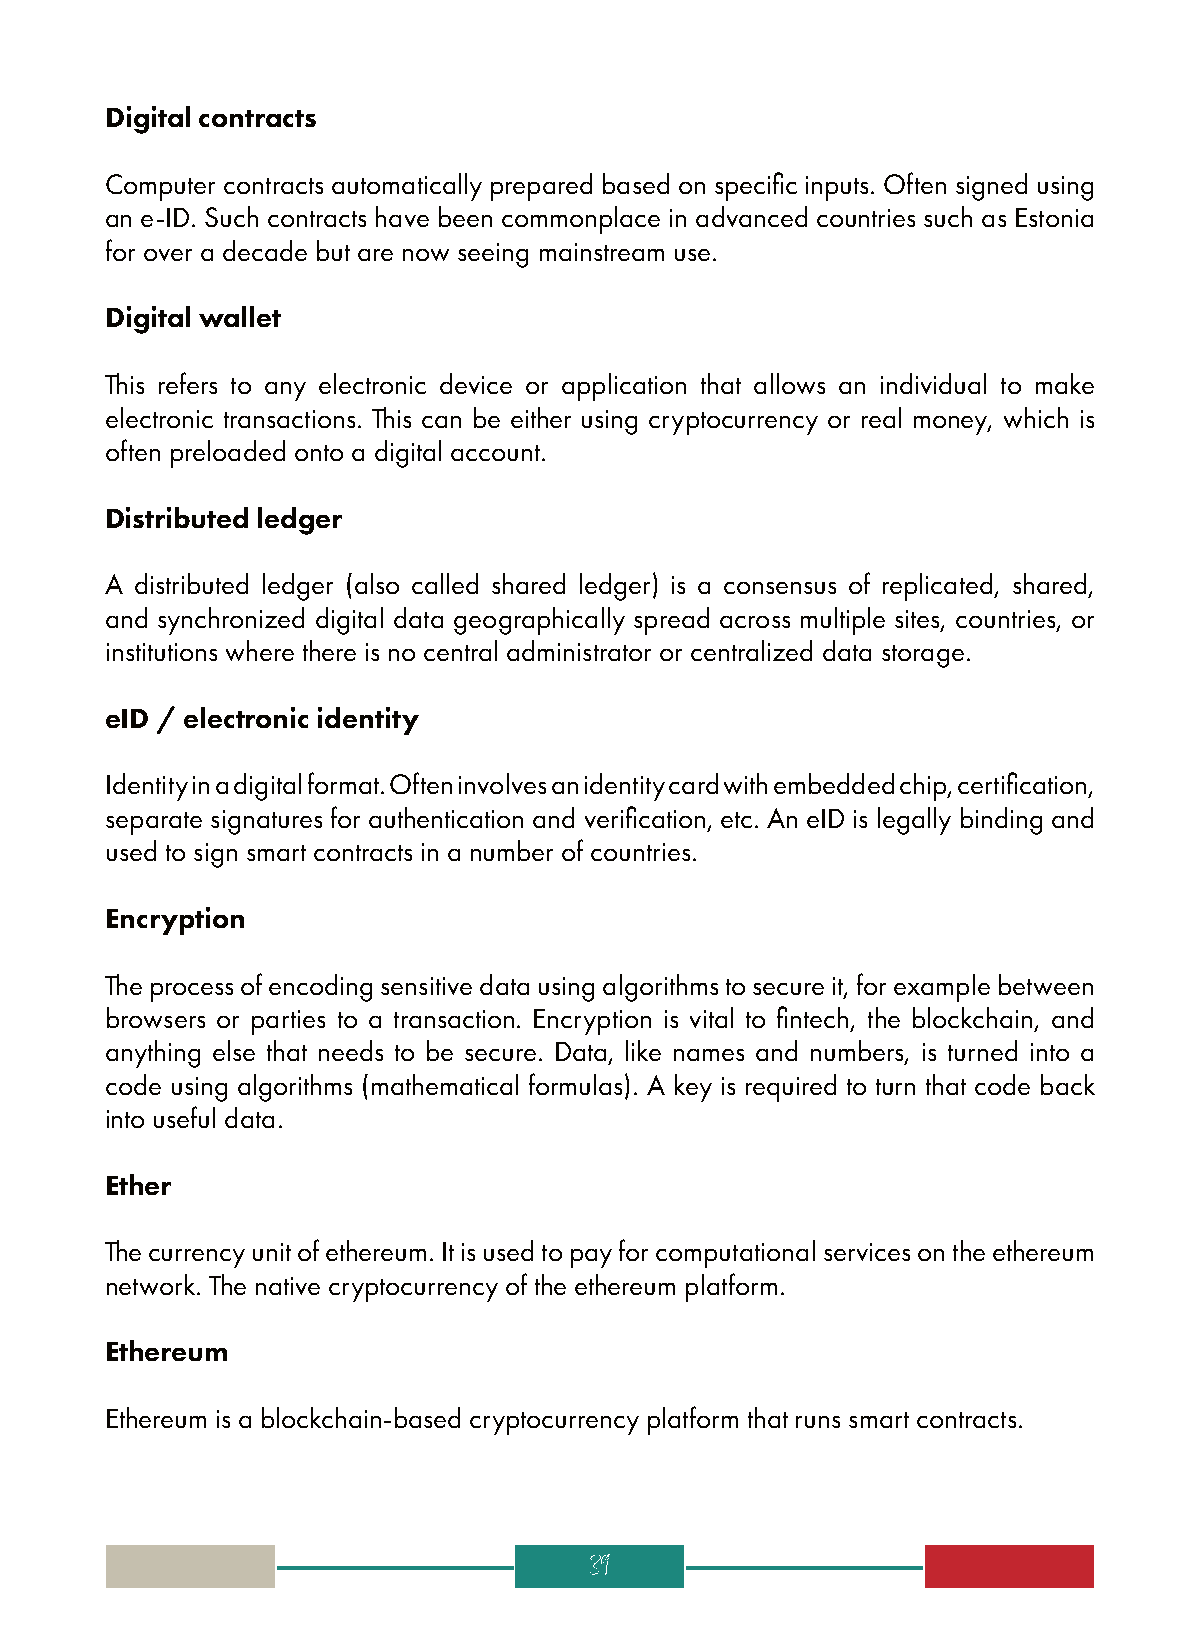
Digital contracts
 Computer contracts automatically prepared based on specific inputs. Often signed using
 an e-ID. Such contracts have been commonplace in advanced countries such as Estonia
 for over a decade but are now seeing mainstream use.
 Digital wallet
 This refers to any electronic device or application that allows an individual to make
 electronic transactions. This can be either using cryptocurrency or real money, which is
 often preloaded onto a digital account.
 Distributed ledger
 A distributed ledger (also called shared ledger) is a consensus of replicated, shared,
 and synchronized digital data geographically spread across multiple sites, countries, or
 institutions where there is no central administrator or centralized data storage.
 eID / electronic identity
 Identity in a digital format. Often involves an identity card with embedded chip, certification,
 separate signatures for authentication and verification, etc. An eID is legally binding and
 used to sign smart contracts in a number of countries.
 Encryption
 The process of encoding sensitive data using algorithms to secure it, for example between
 browsers or parties to a transaction. Encryption is vital to fintech, the blockchain, and
 anything else that needs to be secure. Data, like names and numbers, is turned into a
 code using algorithms (mathematical formulas). A key is required to turn that code back
 into useful data.
 Ether
 The currency unit of ethereum. It is used to pay for computational services on the ethereum
 network. The native cryptocurrency of the ethereum platform.
 Ethereum
 Ethereum is a blockchain-based cryptocurrency platform that runs smart contracts.
 39